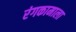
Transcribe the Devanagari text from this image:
रंगकामाला